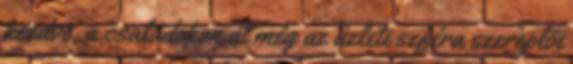
kezdve, a családokon át még az üzleti szféra szereplői